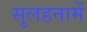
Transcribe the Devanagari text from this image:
सुलहनामें